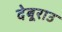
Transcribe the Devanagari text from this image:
देबूराउ